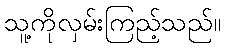
သူ့ကိုလှမ်းကြည့်သည်။